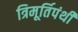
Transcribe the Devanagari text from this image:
त्रिमूर्तिपंथी